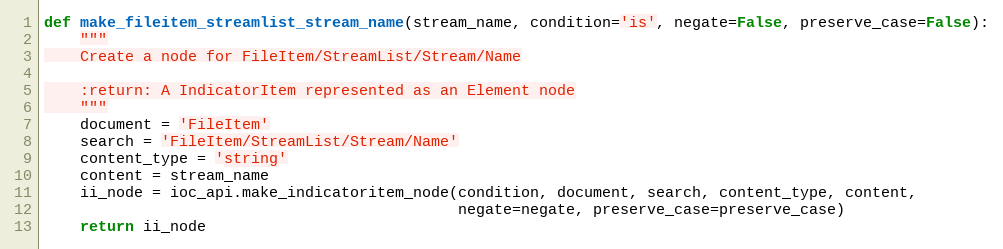
Language: Python
def make_fileitem_streamlist_stream_name(stream_name, condition='is', negate=False, preserve_case=False):
    """
    Create a node for FileItem/StreamList/Stream/Name

    :return: A IndicatorItem represented as an Element node
    """
    document = 'FileItem'
    search = 'FileItem/StreamList/Stream/Name'
    content_type = 'string'
    content = stream_name
    ii_node = ioc_api.make_indicatoritem_node(condition, document, search, content_type, content,
                                              negate=negate, preserve_case=preserve_case)
    return ii_node